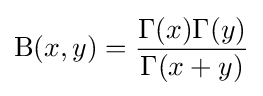
{\text{B}}(x,y)={\Gamma (x)\Gamma (y) \over {\Gamma (x+y)}}